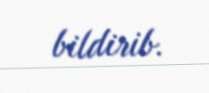
bildirib.